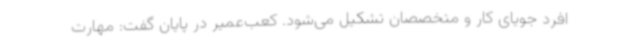
افرد جویای کار و متخصصان تشکیل می‌شود. کعب‌عمیر در پایان گفت: مهارت